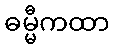
ဓမ္မီကထာ